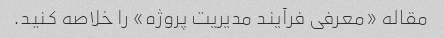
مقاله «معرفی فرآیند مدیریت پروژه» را خلاصه کنید.